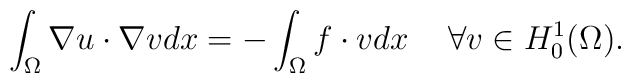
\int _{\Omega}\nabla u\cdot\nabla v dx=-\int _{\Omega}f\cdot v dx \hskip0.5cm \forall v\in H^1_0(\Omega).